Elephants and their diseases
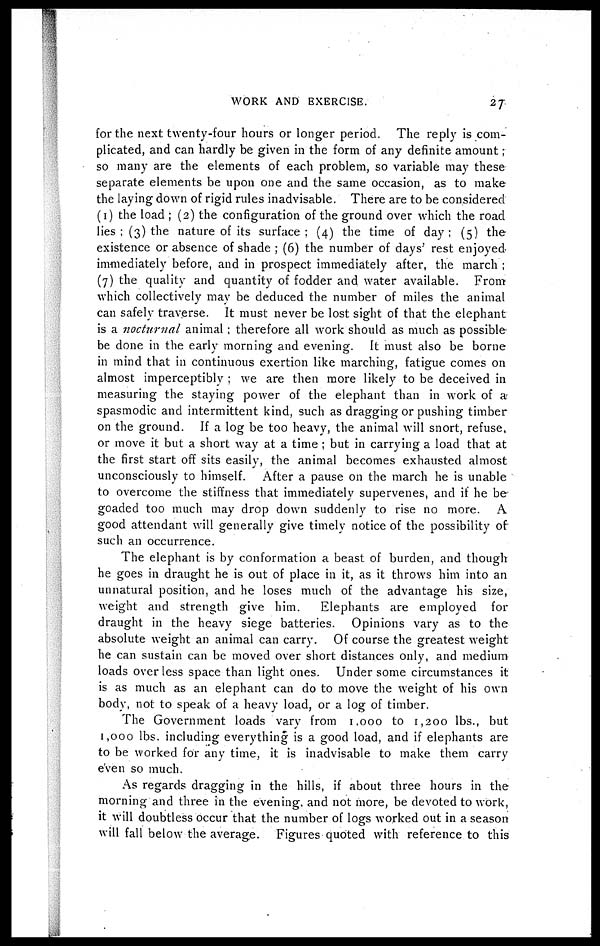
WORK AND EXERCISE.
27
for the next twenty-four hours or longer period. The reply is com-
plicated, and can hardly be given in the form of any definite amount;
so many are the elements of each problem, so variable may these
separate elements be upon one and the same occasion, as to make
the laying down of rigid rules inadvisable. There are to be considered
(1) the load ; (2) the configuration of the ground over which the road
lies ; (3) the nature of its surface; (4) the time of day; (5) the
existence or absence of shade ; (6) the number of days' rest enjoyed
immediately before, and in prospect immediately after, the march ;
(7) the quality and quantity of fodder and water available. From
which collectively may be deduced the number of miles the animal
can safely traverse. It must never be lost sight of that the elephant
is a nocturnal animal ; therefore all work should as much as possible-
be done in the early morning and evening. It must also be borne
in mind that in continuous exertion like marching, fatigue comes on
almost imperceptibly ; we are then more likely to be deceived in
measuring the staying power of the elephant than in work of a
spasmodic and intermittent kind, such as dragging or pushing timber
on the ground. If a log be too heavy, the animal will snort, refuse,
or move it but a short way at a time ; but in carrying a load that at
the first start off sits easily, the animal becomes exhausted almost
unconsciously to himself. After a pause on the march he is unable
to overcome the stiffness that immediately supervenes, and if he be
goaded too much may drop down suddenly to rise no more. A
good attendant will generally give timely notice of the possibility of
such an occurrence.
The elephant is by conformation a beast of burden, and though
he goes in draught he is out of place in it, as it throws him into an
unnatural position, and he loses much of the advantage his size,
weight and strength give him.
Elephants are employed for
draught in the heavy siege batteries. Opinions vary as to the
absolute weight an animal can carry. Of course the greatest weight
he can sustain can be moved over short distances only, and medium
loads over less space than light ones. Under some circumstances it
is as much as an elephant can do to move the weight of his own
body, not to speak of a heavy load, or a log of timber.
The Government loads vary from 1,000 to 1,200 lbs., but
1,000 lbs. including everything is a good load, and if elephants are
to be worked for any time, it is inadvisable to make them carry
even so much.
As regards dragging in the hills, if about three hours in the
morning and three in the evening. and not more, be devoted to work,
it will doubtless occur that the number of logs worked out in a season
will fall below the average. Figures quoted with reference to this